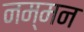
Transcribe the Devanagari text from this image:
नम्मन